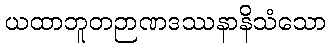
ယထာဘူတဉာဏဒဿနာနိသံသော